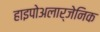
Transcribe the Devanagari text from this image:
हाइपोअलार्जेनिक